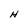
Character: H